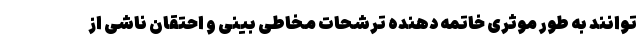
توانند به طور موثری خاتمه دهنده ترشحات مخاطی بینی و احتقان ناشی از